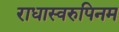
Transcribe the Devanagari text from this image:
राधास्वरुपिनम